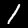
Digit: 1